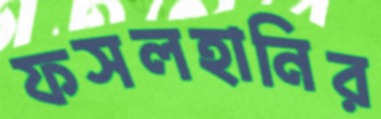
ফসলহানির